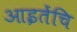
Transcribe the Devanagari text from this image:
आइतेंचि